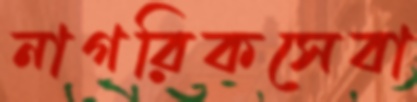
নাগরিকসেবা